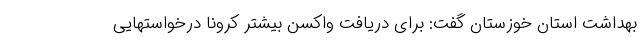
بهداشت استان خوزستان گفت: برای دریافت واکسن بیشتر کرونا درخواستهایی